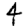
Digit: 4